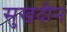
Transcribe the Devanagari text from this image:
सुखदीन